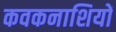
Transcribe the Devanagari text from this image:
कवकनाशियों